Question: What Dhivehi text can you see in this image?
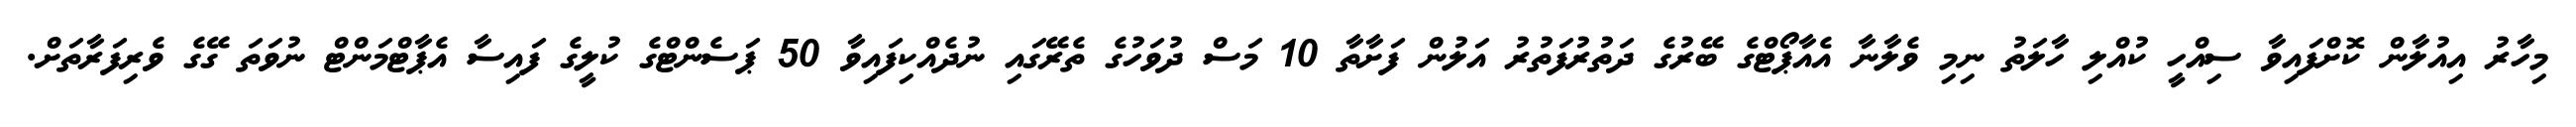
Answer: މިހާރު އިއުލާން ކޮށްފައިވާ ސިއްހީ ކުއްލި ހާލަތު ނިމި ވެލާނާ އެއާޕޯޓްގެ ބޭރުގެ ދަތުރުފަތުރު އަލުން ފަށާތާ 10 މަސް ދުވަހުގެ ތެރޭގައި ނުދެއްކިފައިވާ 50 ޕަސެންޓްގެ ކުލީގެ ފައިސާ އެޕާޓްމަންޓް ނުވަތަ ގޭގެ ވެރިފަރާތަށް.